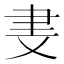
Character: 𬚪